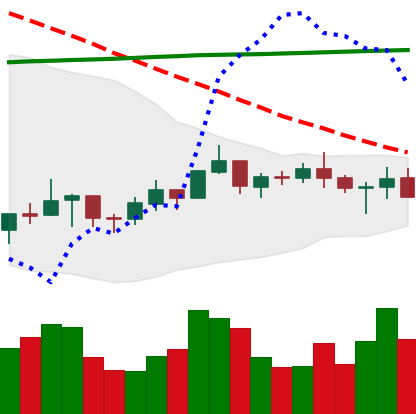
Ticker: BNB-USD
Chart end date: 2021-07-16
Forward return: -3.45%
Label: down_3_5